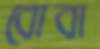
বোবা